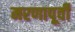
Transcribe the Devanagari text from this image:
मरणापूर्वी